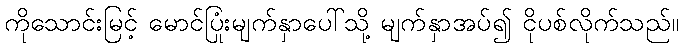
ကိုသောင်းမြင့် မောင်ပြုံးမျက်နှာပေါ်သို့ မျက်နှာအပ်၍ ငိုပစ်လိုက်သည်။